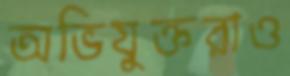
অভিযুক্তরাও